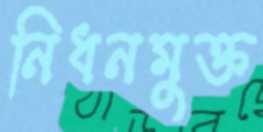
নিধনমুক্ত